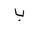
Letter: _ba